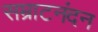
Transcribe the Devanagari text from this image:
सम्राटनंदन